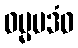
ဓမ္မပဒံဝ